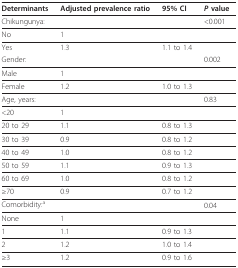
<table><thead><tr><td><b>Determinants</b></td><td><b>Adjusted prevalence ratio</b></td><td><b>95% CI</b></td><td><b><i>P </i>value</b></td></tr></thead><tbody><tr><td>Chikungunya:</td><td></td><td></td><td>&lt;0.001</td></tr><tr><td>No</td><td>1</td><td></td><td></td></tr><tr><td>Yes</td><td>1.3</td><td>1.1 to 1.4</td><td></td></tr><tr><td>Gender:</td><td></td><td></td><td>0.002</td></tr><tr><td>Male</td><td>1</td><td></td><td></td></tr><tr><td>Female</td><td>1.2</td><td>1.0 to 1.3</td><td></td></tr><tr><td>Age, years:</td><td></td><td></td><td>0.83</td></tr><tr><td>&lt;20</td><td>1</td><td></td><td></td></tr><tr><td>20 to 29</td><td>1.1</td><td>0.8 to 1.3</td><td></td></tr><tr><td>30 to 39</td><td>0.9</td><td>0.8 to 1.2</td><td></td></tr><tr><td>40 to 49</td><td>1.0</td><td>0.8 to 1.2</td><td></td></tr><tr><td>50 to 59</td><td>1.1</td><td>0.9 to 1.3</td><td></td></tr><tr><td>60 to 69</td><td>1.0</td><td>0.8 to 1.2</td><td></td></tr><tr><td>≥70</td><td>0.9</td><td>0.7 to 1.2</td><td></td></tr><tr><td>Comorbidity:<sup>a</sup></td><td></td><td></td><td>0.04</td></tr><tr><td>None</td><td>1</td><td></td><td></td></tr><tr><td>1</td><td>1.1</td><td>0.9 to 1.3</td><td></td></tr><tr><td>2</td><td>1.2</td><td>1.0 to 1.4</td><td></td></tr><tr><td>≥3</td><td>1.2</td><td>0.9 to 1.6</td><td></td></tr></tbody></table>